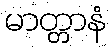
မာတ္တာနံ